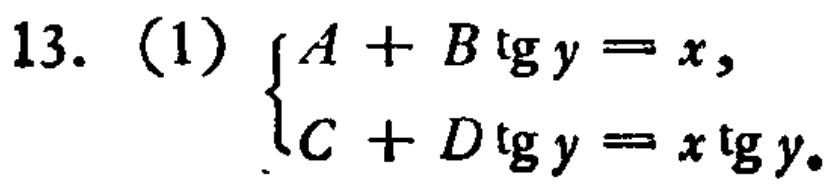
13. (1) $\begin{cases}A + B\operatorname{tg}y = x,\\C + D\operatorname{tg}y = x\operatorname{tg}y.\end{cases}$